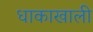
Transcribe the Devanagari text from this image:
धाकाखाली